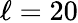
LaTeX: \ell=20